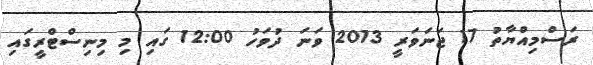
ރަސްމިއްޔާތު 17 ޖަނަވަރީ 2013 ވަނަ ދުވަހު 12:00 ގައި މި މިނިސްޓްރީގައި